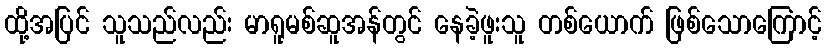
ထို့အပြင် သူသည်လည်း မာရူမစ်ဆူအန်တွင် နေခဲ့ဖူးသူ တစ်ယောက် ဖြစ်သောကြောင့်